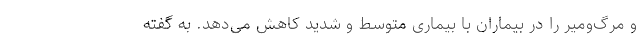
و مرگ‌ومیر را در بیماران با بیماری متوسط ‌و شدید کاهش می‌دهد. به گفته